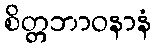
စိတ္တဘာဝနာနံ